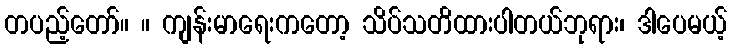
တပည့်တော်။ ။ ကျန်းမာရေးကတော့ သိပ်သတိထားပါတယ်ဘုရား၊ ဒါပေမယ့်